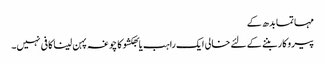
مہاتما بدھ کے
پیروکار بننے کے لئے خالی ایک راہب یا بھکشو کا چوغہ پہن لینا کافی نہیں۔